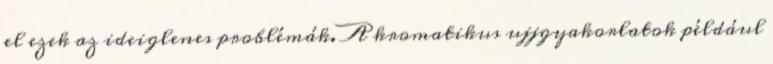
el ezek az ideiglenes problémák. A kromatikus ujjgyakorlatok például